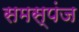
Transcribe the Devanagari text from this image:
समस्पंज